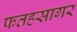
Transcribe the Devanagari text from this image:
फतहसागर